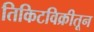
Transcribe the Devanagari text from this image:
तिकिटविक्रीतून